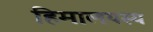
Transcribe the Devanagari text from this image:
हिमालयस्य